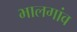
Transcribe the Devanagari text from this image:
भालगांव